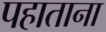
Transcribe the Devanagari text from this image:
पहाताना